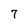
Character: 7